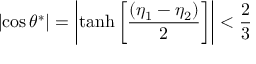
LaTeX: \left| \cos \theta ^ { * } \right| = \left| \operatorname { t a n h } \left[ \frac { ( \eta _ { 1 } - \eta _ { 2 } ) } { 2 } \right] \right| < \frac { 2 } { 3 }